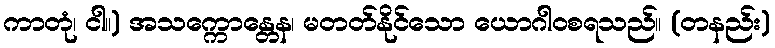
ကာတုံ၊ ငါ။) အသက္ကောန္တေန၊ မတတ်နိုင်သော ယောဂါဝစရသည်။ (တနည်း)